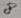
Text: 8